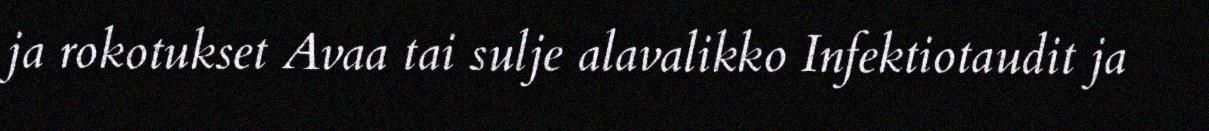
ja rokotukset Avaa tai sulje alavalikko Infektiotaudit ja